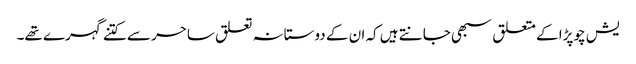
یش چوپڑا کے متعلق سبھی جانتے ہیں کہ ان کے دوستانہ تعلق ساحر سے کتنے گہرے تھے۔